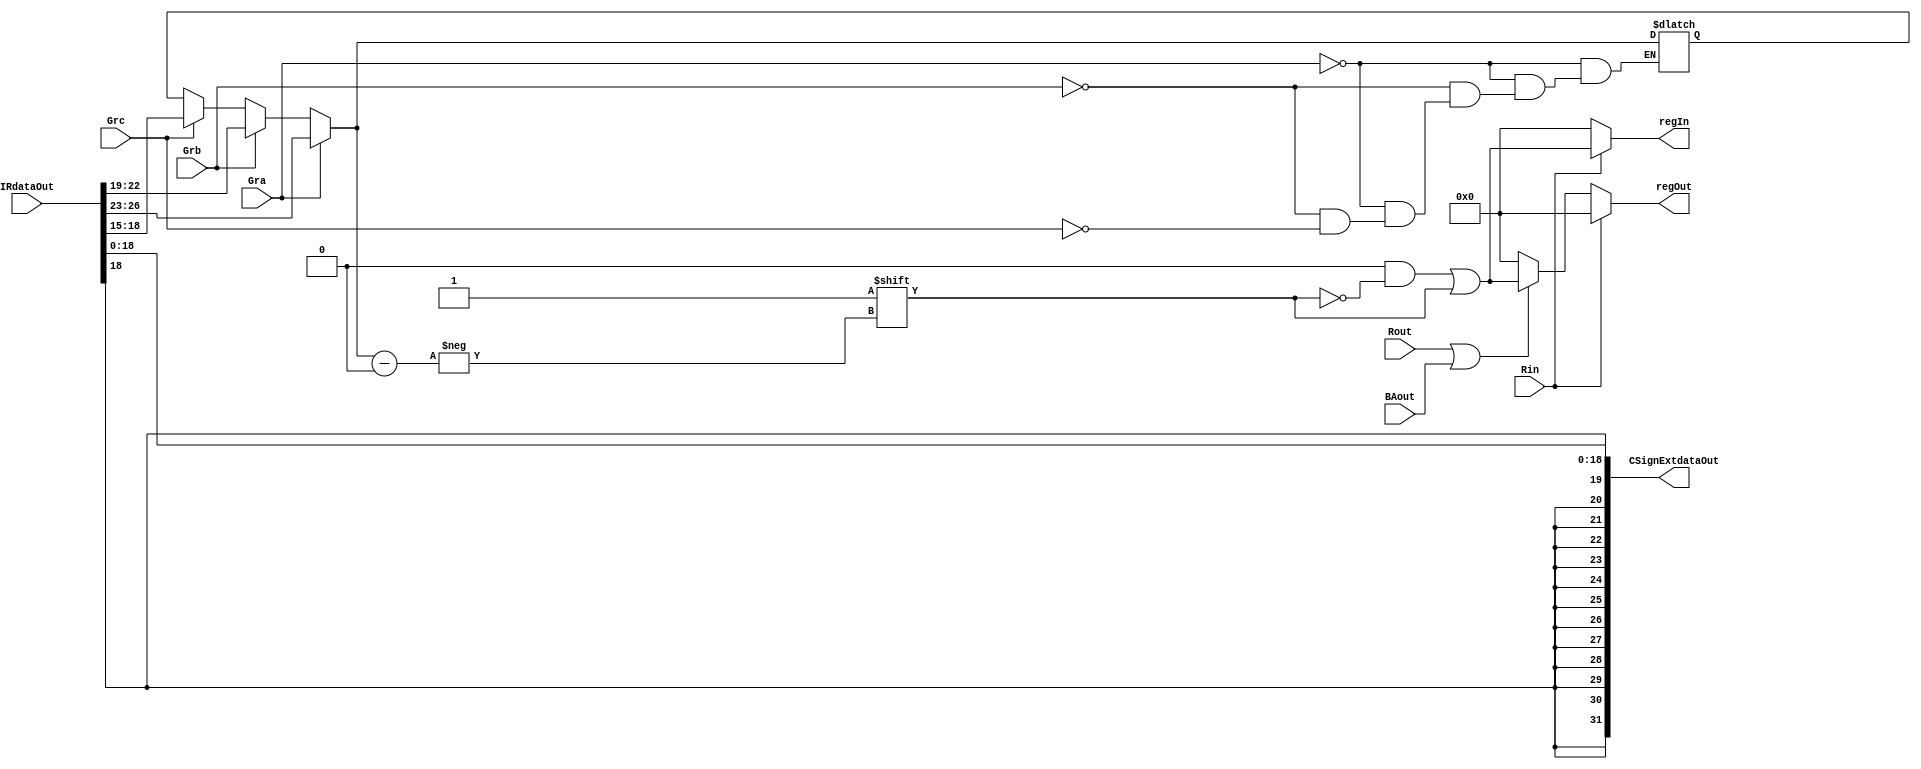
// This program was cloned from: https://github.com/martinmaly21/ELEC374
// License: MIT License

module select_encode_logic(
	IRdataOut, //going into select_encode_logic
	Gra,
	Grb,
	Grc,
	Rin,
	Rout,
	BAout,
	regIn,
	regOut, //going out of select_encode_logic
	CSignExtdataOut //going out of select_encode_logic
	);
	
	input wire 	
		Gra,
		Grb,
		Grc,
		Rin,
		Rout,
		BAout;

	output reg [15:0] regIn, regOut;
		
	input wire [31:0] IRdataOut;
	
	output [31:0] CSignExtdataOut;
	
	reg [3:0] tempReg;
	
	
	always@(*) begin
	
		//set all tozero at first
		regIn = 0;
		regOut = 0;
	
		if(Gra == 1) 
			tempReg = IRdataOut[26:23];	
	
		else if(Grb == 1) 
			tempReg = IRdataOut[22:19];
	
		else if(Grc == 1) 
			tempReg = IRdataOut[18:15];
			
		if(Rin == 1) 
			regIn[tempReg] = 1;

		else if (Rout == 1 || BAout)
			regOut[tempReg] = 1;
		
	end
	
	assign CSignExtdataOut = $signed(IRdataOut[18:0]);
		
endmodule